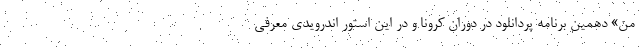
من» دهمین برنامه پردانلود در دوران کرونا و در این استور اندرویدی معرفی